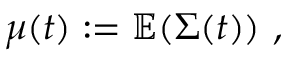
\begin{array} { r } { \mu ( t ) : = \mathbb { E } ( \Sigma ( t ) ) \ , } \end{array}